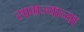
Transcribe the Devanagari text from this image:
साम्रज्याच्या